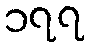
၁၇၇